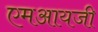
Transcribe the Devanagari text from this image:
एमआयजी